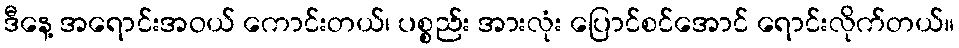
ဒီနေ့ အရောင်းအဝယ် ကောင်းတယ်၊ ပစ္စည်း အားလုံး ပြောင်စင်အောင် ရောင်းလိုက်တယ်။